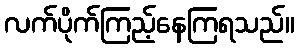
လက်ပိုက်ကြည့်နေကြရသည်။